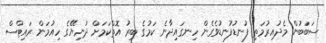
ސަބަބުން މެދުއިރުމަތި ފުނޑުފުނޑުވެގެން ހިނގައިދާނެ ކަމުގެ ބިރު އޮތްކަމަށް ދުނިޔޭގެ ހިއުމަން ރައިޓްސް